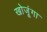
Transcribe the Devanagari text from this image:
खोजूंगा